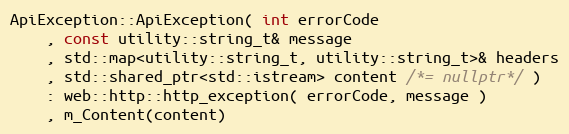
Language: C++
ApiException::ApiException( int errorCode
    , const utility::string_t& message
    , std::map<utility::string_t, utility::string_t>& headers
    , std::shared_ptr<std::istream> content /*= nullptr*/ )
    : web::http::http_exception( errorCode, message )
    , m_Content(content)